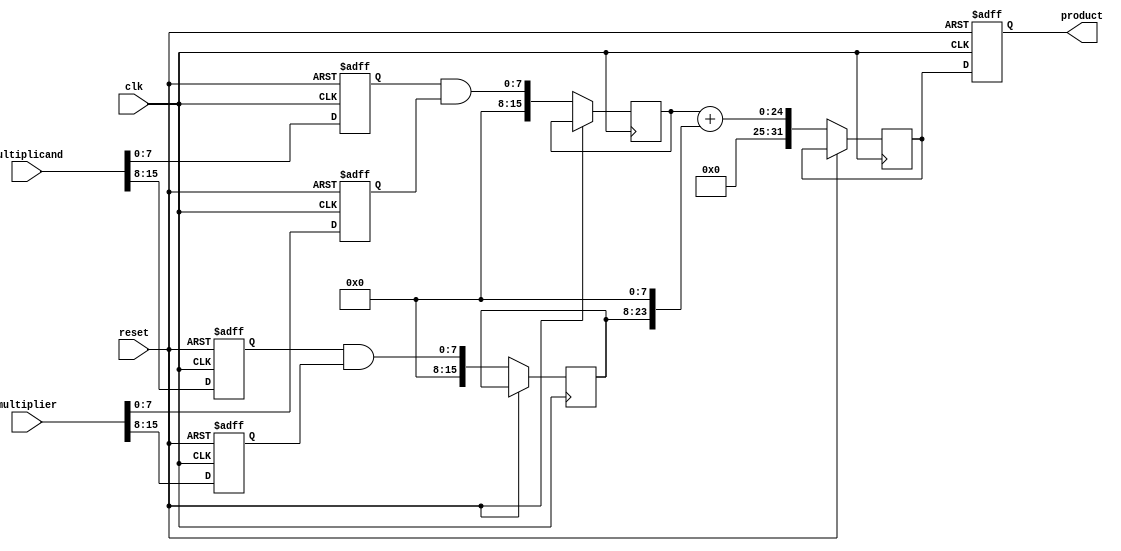
module pipelined_sliced_multiplier (
    input  wire [15:0] multiplicand,  // 16-bit multiplicand
    input  wire [15:0] multiplier,     // 16-bit multiplier
    input  wire clk,                   // Clock signal
    input  wire reset,                 // Reset signal
    output reg [31:0] product          // 32-bit product
);

    parameter SLICES = 2;              // Number of slices
    parameter SLICE_WIDTH = 8;         // Width of each slice (bits)
    
    reg [SLICE_WIDTH-1:0] multiplicand_slices [0:SLICES-1];
    reg [SLICE_WIDTH-1:0] multiplier_slices [0:SLICES-1];
    wire [15:0] partial_products [0:SLICES-1];
    
    // Partial product generation
    generate
        genvar i;
        for (i = 0; i < SLICES; i = i + 1) begin : partial_product_gen
            assign partial_products[i] = multiplicand_slices[i] & multiplier_slices[i];
        end
    endgenerate

    // Pipeline registers between each stage
    reg [15:0] pp_stage_reg [0:SLICES-1]; // Intermediate partial products
    reg [31:0] sum_reg [0:SLICES-1];      // Sums for final product
    integer j;

    // Slice inputs
    always @(posedge clk or posedge reset) begin
        if (reset) begin
            multiplicand_slices[0] <= 8'd0;
            multiplicand_slices[1] <= 8'd0;
            multiplier_slices[0] <= 8'd0;
            multiplier_slices[1] <= 8'd0;
            product <= 32'd0;
        end else begin
            // Slicing the inputs
            multiplicand_slices[0] <= multiplicand[7:0];
            multiplicand_slices[1] <= multiplicand[15:8];
            multiplier_slices[0] <= multiplier[7:0];
            multiplier_slices[1] <= multiplier[15:8];

            // Load partial products into pipeline registers
            for (j = 0; j < SLICES; j = j + 1) begin
                pp_stage_reg[j] <= partial_products[j];
            end
            
            // Combine partial products to generate final product
            case (SLICES)
              2: sum_reg[0] <= {8'd0, pp_stage_reg[0]} + {pp_stage_reg[1], 8'd0};
            endcase
            product <= sum_reg[0];
        end
    end
    
endmodule